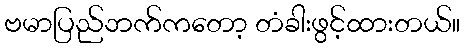
ဗမာပြည်ဘက်ကတော့ တံခါးဖွင့်ထားတယ်။